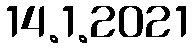
14.1.2021